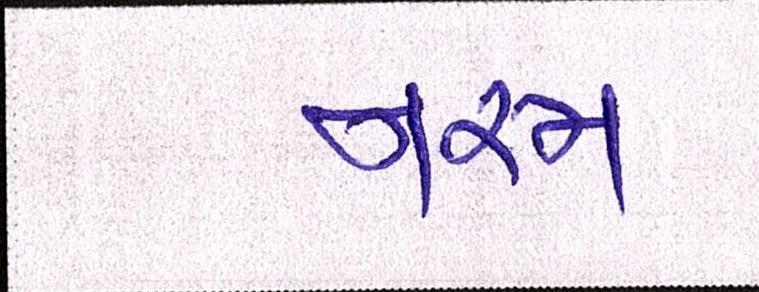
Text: નરમ